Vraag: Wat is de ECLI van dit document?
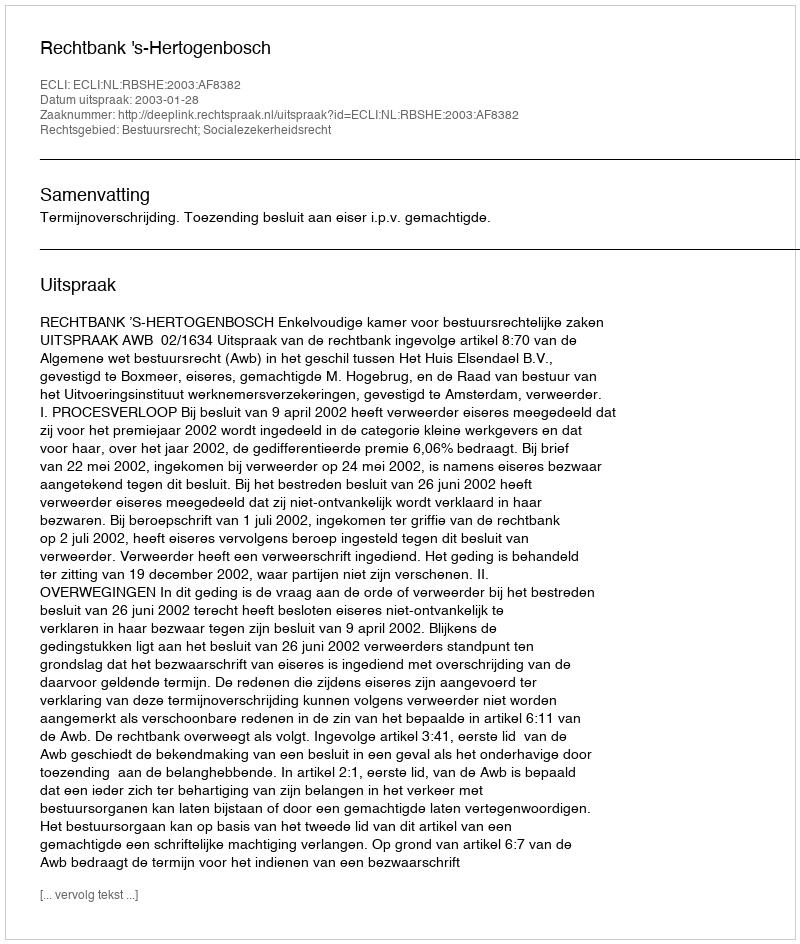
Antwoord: ECLI:NL:RBSHE:2003:AF8382